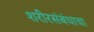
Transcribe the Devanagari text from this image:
शरीरसंबंधाचा